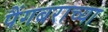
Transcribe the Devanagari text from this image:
पैंगबराच्या